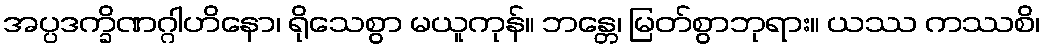
အပ္ပဒက္ခိဏဂ္ဂါဟိနော၊ ရိုသေစွာ မယူကုန်။ ဘန္တေ၊ မြတ်စွာဘုရား။ ယဿ ကဿစိ၊